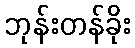
ဘုန်းတန်ခိုး